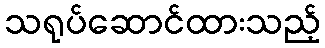
သရုပ်ဆောင်ထားသည့်